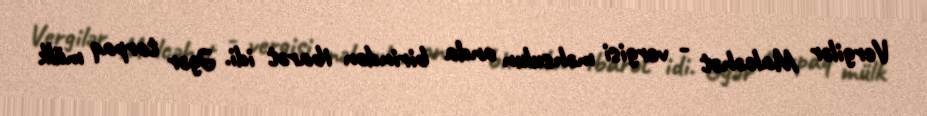
Vergilər Malcəhət - vergisi məhsulun onda birindən ibarət idi. Əgər torpaq mülk